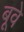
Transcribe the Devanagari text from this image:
बूवे